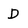
Character: D